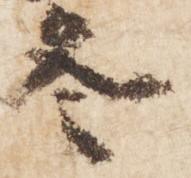
冬